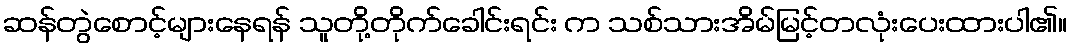
ဆန်တွဲစောင့်များနေရန် သူတို့တိုက်ခေါင်းရင်း က သစ်သားအိမ်မြင့်တလုံးပေးထားပါ၏။